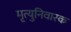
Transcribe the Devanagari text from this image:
मृत्युनिवारक